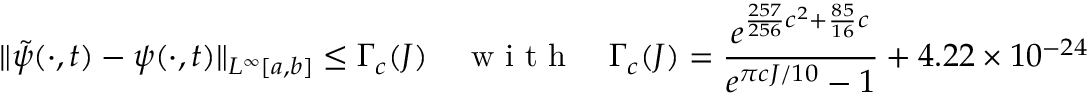
\| \tilde { \psi } ( \cdot , t ) - \psi ( \cdot , t ) \| _ { L ^ { \infty } [ a , b ] } \leq \Gamma _ { c } ( J ) \quad \textrm { w i t h } \quad \Gamma _ { c } ( J ) = \frac { e ^ { \frac { 2 5 7 } { 2 5 6 } c ^ { 2 } + \frac { 8 5 } { 1 6 } c } } { e ^ { \pi c J / 1 0 } - 1 } + 4 . 2 2 \times 1 0 ^ { - 2 4 }